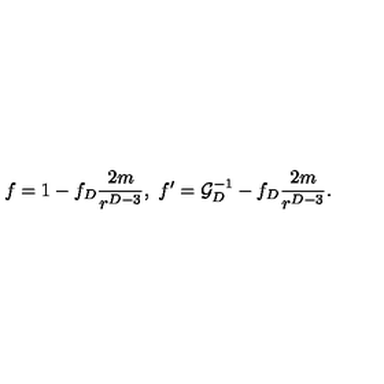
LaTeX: f = 1 - f _ { D } { \frac { 2 m } { r ^ { D - 3 } } } , \ f ^ { \prime } = { \cal G } _ { D } ^ { - 1 } - f _ { D } { \frac { 2 m } { r ^ { D - 3 } } } .